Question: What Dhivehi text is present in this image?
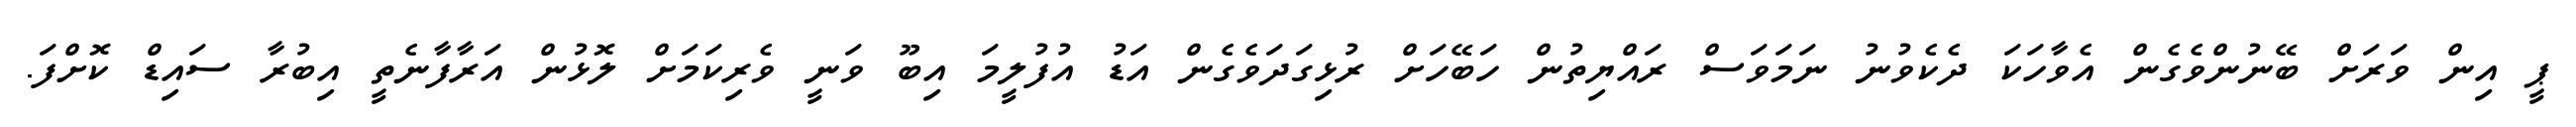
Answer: ޕީ އިން ވަރަށް ބޭނުންވެގެން އެވާހަކަ ދެކެވުނު ނަމަވަސް ރައްޔިތުން ހަބޭހަށް ރުޅިގަދަވެގެން އަޑު އުފުލީމަ އިބޫ ވަނީ ވެރިކަމަށް ލޮޅުން އަރާފާނެތީ އިބުރާ ސައިޑް ކޮށްފަ.